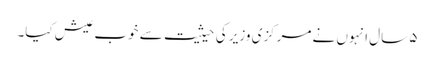
۵ سال انہوں نے مرکزی وزیر کی حیثیت سے خوب عیش کیا۔